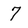
Character: 7